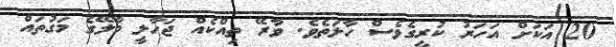
20 އަކަށް އަހަރު ކުރީގެވެސް ހާލަތެވެ. ވާރޭ ތިއްކެއް ޖަހާލީ މާލޭގެ މަގުތައް